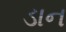
ડાન